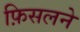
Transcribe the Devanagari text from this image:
फ़िसलने